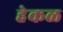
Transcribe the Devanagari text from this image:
हेकळ